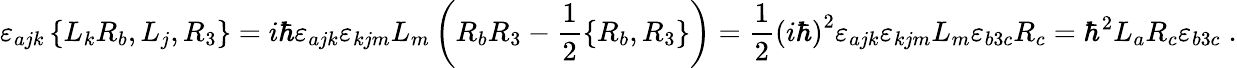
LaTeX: \varepsilon_{ajk}\left\{ L_{k}R_{b},L_{j},R_{3}\right\} =i\hbar\varepsilon_{ajk}\varepsilon_{kjm}L_{m}\left(R_{b}R_{3}-\frac{1}{2}\left\{ R_{b},R_{3}\right\} \right)=\frac{1}{2}\left(i\hbar\right)^{2}\varepsilon_{ajk}\varepsilon_{kjm}L_{m}\varepsilon_{b3c}R_{c}=\hbar^{2}L_{a}R_{c}\varepsilon_{b3c}\; .